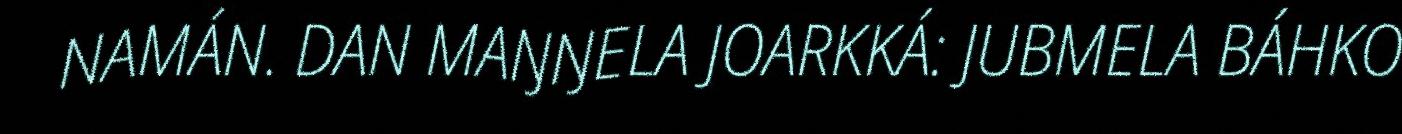
NAMÁN. DAN MAŊŊELA JOARKKÁ: JUBMELA BÁHKO